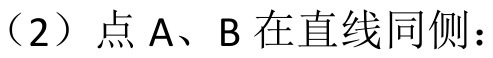
（2）点\(A\)、\(B\)在直线同侧：